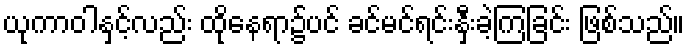
ယုကာဝါနှင့်လည်း ထိုနေရာ၌ပင် ခင်မင်ရင်းနှီးခဲ့ကြခြင်း ဖြစ်သည်။